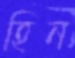
হিন